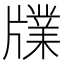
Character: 㸣